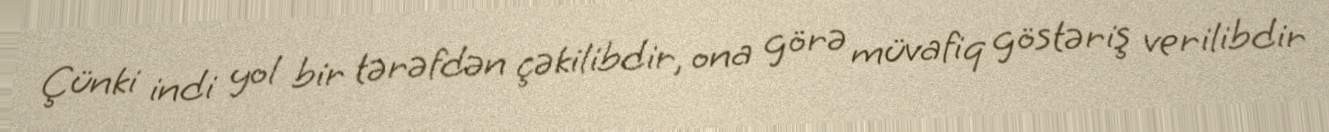
Çünki indi yol bir tərəfdən çəkilibdir, ona görə müvafiq göstəriş verilibdir